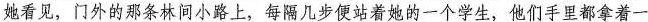
她看见，门外的那条林间小路上，每隔几步便站着她的一个学生，他们手里都拿着一